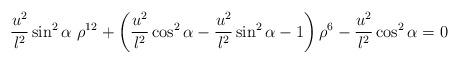
LaTeX: \begin{align*}{u^2 \over l^2} \sin^2 \alpha ~\rho^{12} + \left({u^2 \over l^2} \cos^2 \alpha- {u^2 \over l^2} \sin^2 \alpha -1\right) \rho^6 - {u^2 \over l^2} \cos^2 \alpha = 0\end{align*}